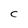
Character: C